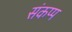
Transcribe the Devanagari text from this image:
संकप्प